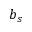
b _ { s }